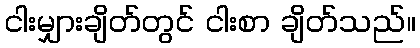
ငါးမျှားချိတ်တွင် ငါးစာ ချိတ်သည်။